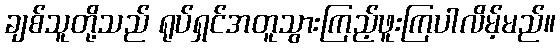
ချစ်သူတို့သည် ရုပ်ရှင်အတူသွားကြည့်ဖူးကြပါလိမ့်မည်။